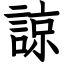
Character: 諒